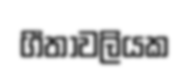
ගීතාවලියක